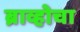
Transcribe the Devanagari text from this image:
ब्राव्होचा